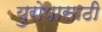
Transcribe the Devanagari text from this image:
युरोपासाठी